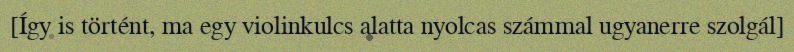
[Így is történt, ma egy violinkulcs alatta nyolcas számmal ugyanerre szolgál]